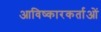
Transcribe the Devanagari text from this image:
आविष्कारकर्ताओं